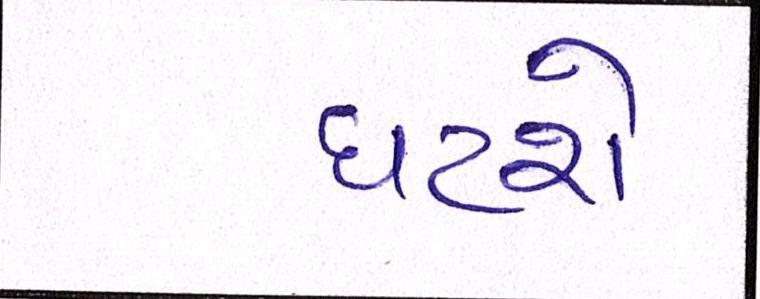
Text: ઘટશે